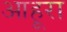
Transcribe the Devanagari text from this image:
आहूरा